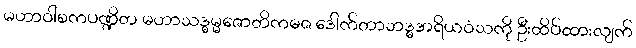
မဟာဝါစကပဏ္ဍိတ မဟာသဒ္ဓမ္မဇောတိကဓဇ ဒေါက်တာဘဒ္ဓအရိယဝံသကို ဦးထိပ်ထားလျက်